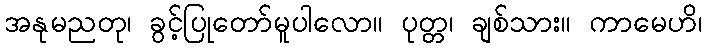
အနုမညတု၊ ခွင့်ပြုတော်မူပါလော။ ပုတ္တ၊ ချစ်သား။ ကာမေဟိ၊